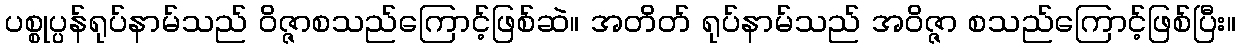
ပစ္စုပ္ပန်ရုပ်နာမ်သည် ဝိဇ္ဇာစသည်ကြောင့်ဖြစ်ဆဲ။ အတိတ် ရုပ်နာမ်သည် အဝိဇ္ဇာ စသည်ကြောင့်ဖြစ်ပြီး။